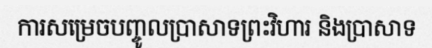
ការសម្រេចបញ្ចូលប្រាសាទព្រះវិហារ និងប្រាសាទ